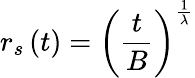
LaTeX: r_{s}\left(t\right)=\left(\frac{t}{B}\right)^{\frac{1}{\lambda}}